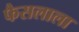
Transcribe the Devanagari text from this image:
फैसलाला